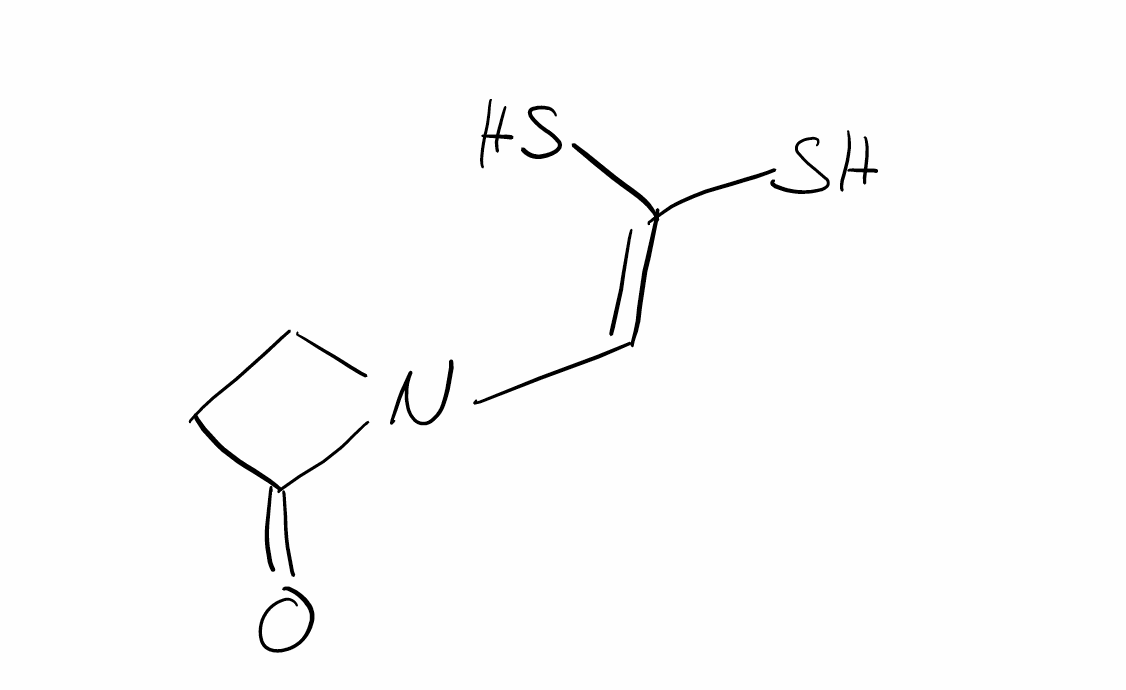
Simplified molecular-input line-entry system (SMILES) notation of the given molecule:
C1CN(C1=O)C=C(S)S